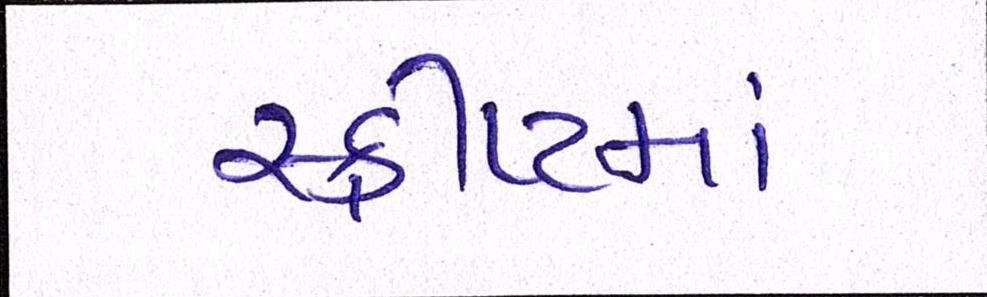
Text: સ્ક્રીપ્ટમાં